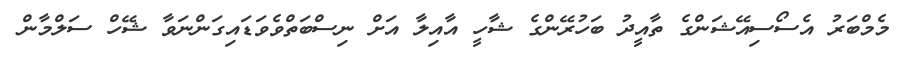
މެމްބަރު އެސޯސިއޭޝަންގެ ތާއީދު ބަހުރޭންގެ ޝާހީ އާއިލާ އަށް ނިސްބަތްވެވަޑައިގަންނަވާ ޝޭހް ސަލްމާން